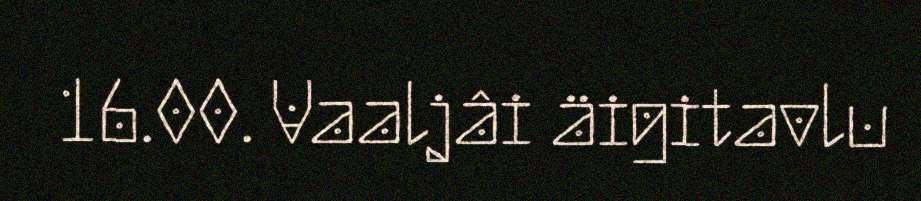
16.00. Vaaljâi äigitavlu